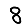
Digit: 8